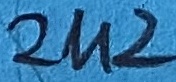
Text: 2U2